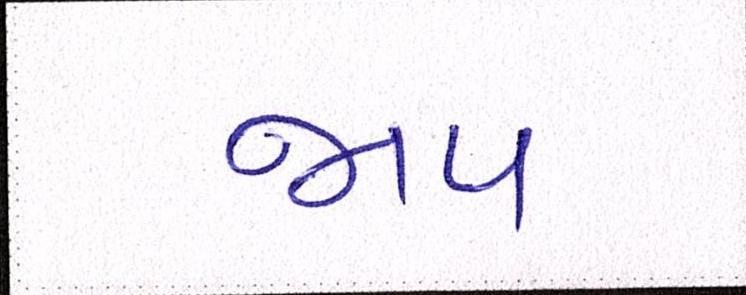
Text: જાપ